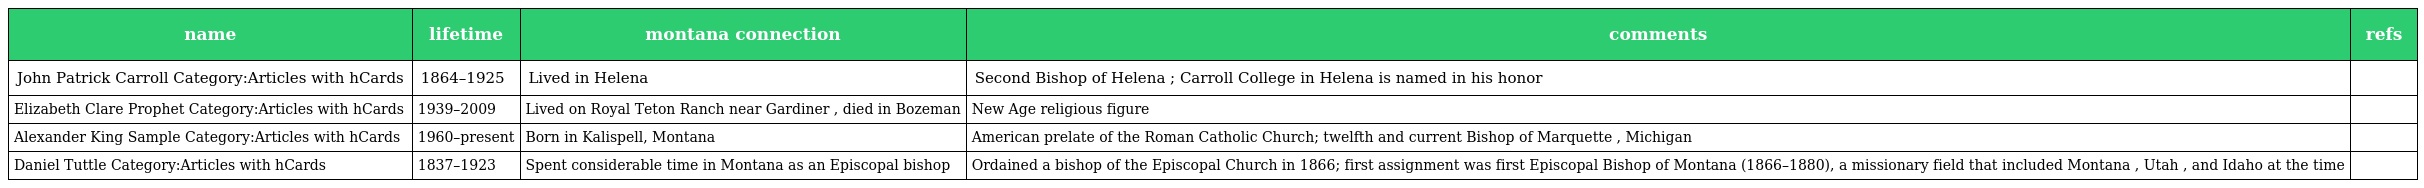
| name | lifetime | montana connection | comments | refs |
 | --- | --- | --- | --- | --- |
 | John Patrick Carroll Category:Articles with hCards | 1864–1925 | Lived in Helena | Second Bishop of Helena ; Carroll College in Helena is named in his honor |  |
 | Elizabeth Clare Prophet Category:Articles with hCards | 1939–2009 | Lived on Royal Teton Ranch near Gardiner , died in Bozeman | New Age religious figure |  |
 | Alexander King Sample Category:Articles with hCards | 1960–present | Born in Kalispell, Montana | American prelate of the Roman Catholic Church; twelfth and current Bishop of Marquette , Michigan |  |
 | Daniel Tuttle Category:Articles with hCards | 1837–1923 | Spent considerable time in Montana as an Episcopal bishop | Ordained a bishop of the Episcopal Church in 1866; first assignment was first Episcopal Bishop of Montana (1866–1880), a missionary field that included Montana , Utah , and Idaho at the time |  |